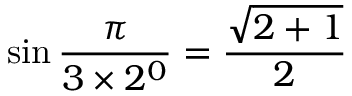
\sin { \frac { \pi } { 3 \times 2 ^ { 0 } } } = { \frac { \sqrt { 2 + 1 } } { 2 } }